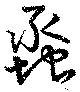
蟸